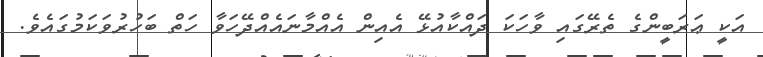
އަކީ ޢަރަބީންގެ ތެރޭގައި ވާހަކަ ދައްކާއުޅޭ އެއިން އެއްމާނައެއްދޭހަވާ ހަތް ބަހުރުވަކަމުގައެވެ.